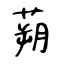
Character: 蒴